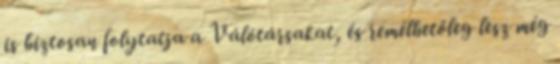
is biztosan folytatja a Válótársakat, és remélhetőleg lesz még